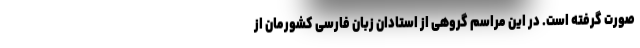
صورت گرفته است. در این مراسم گروهی از استادان زبان فارسی کشورمان از